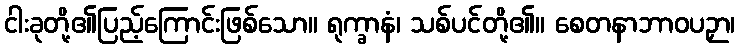
ငါးခုတို့၏ပြည့်ကြောင်းဖြစ်သော။ ရုက္ခာနံ၊ သစ်ပင်တို့၏။ စေတနာဘာဝပဉှာ၊